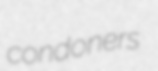
condoners